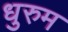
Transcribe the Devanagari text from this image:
धुरुम